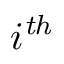
i ^ { \mathit { t h } }